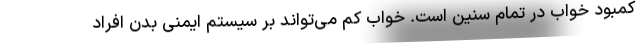
کمبود خواب در تمام سنین است. خواب کم می‌تواند بر سیستم ایمنی بدن افراد